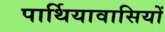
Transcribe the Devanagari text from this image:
पार्थियावासियों